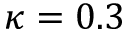
\kappa = 0 . 3